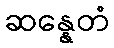
ဆန္နေတံ